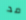
مد